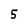
Character: 5